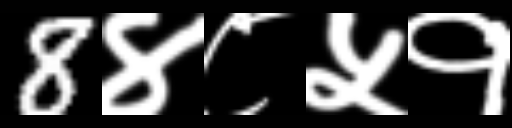
Text: 8४८५१